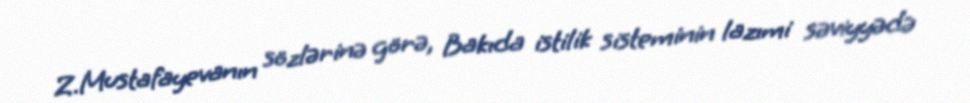
Z.Mustafayevanın sözlərinə görə, Bakıda istilik sisteminin lazımi səviyyədə